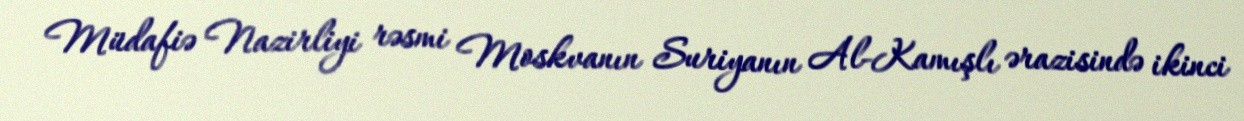
Müdafiə Nazirliyi rəsmi Moskvanın Suriyanın Al-Kamışlı ərazisində ikinci